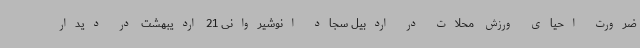
ضرورت احیای ورزش محلات در اردبیل سجاد انوشیروانی 21 اردیبهشت در دیدار